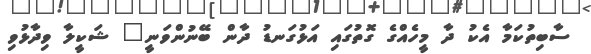
ސާބިތުކަމާ އެކު ދާ މީހެއްގެ ގޮތުގައި އަޅުގަނޑު ދާން ބޭނުންވަނީ" ޝަކީލާ ވިދާޅުވި